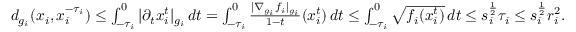
\begin{array} { r } { d _ { g _ { i } } ( x _ { i } , x _ { i } ^ { - \tau _ { i } } ) \le \int _ { - \tau _ { i } } ^ { 0 } | \partial _ { t } x _ { i } ^ { t } | _ { g _ { i } } \, d t = \int _ { - \tau _ { i } } ^ { 0 } \frac { | \nabla _ { g _ { i } } f _ { i } | _ { g _ { i } } } { 1 - t } ( x _ { i } ^ { t } ) \, d t \le \int _ { - \tau _ { i } } ^ { 0 } \sqrt { f _ { i } ( x _ { i } ^ { t } ) } \, d t \le s _ { i } ^ { \frac 1 2 } \tau _ { i } \le s _ { i } ^ { \frac 1 2 } r _ { i } ^ { 2 } . } \end{array}